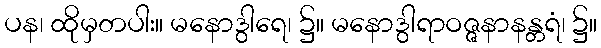
ပန၊ ထိုမှတပါး။ မနောဒွါရေ၊ ၌။ မနောဒွါရာဝဇ္ဇနာနန္တရံ၊ ၌။